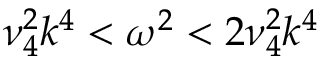
\nu _ { 4 } ^ { 2 } k ^ { 4 } < \omega ^ { 2 } < 2 \nu _ { 4 } ^ { 2 } k ^ { 4 }